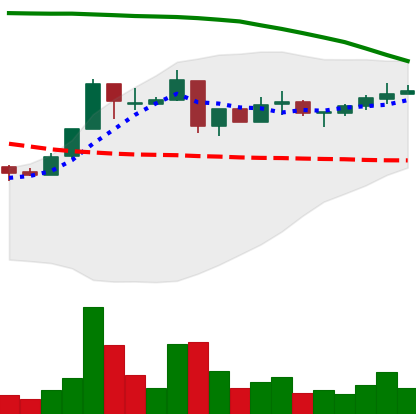
Ticker: XRP-USD
Chart end date: 2018-05-05
Forward return: -16.226%
Label: down_7plus